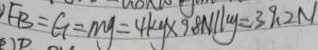
F B = G = m g = 4 k y \times 9 . 8 N / k g = 3 9 . 2 N